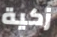
زكية